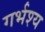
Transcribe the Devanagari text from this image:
गर्भश्य